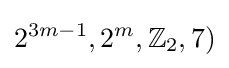
2^{3m-1},2^{m},\mathbb {Z} _{2},7)